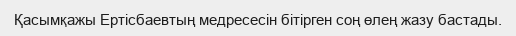
Қасымқажы Ертісбаевтың медресесін бітірген соң өлең жазу бастады.